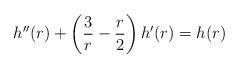
LaTeX: \begin{align*}h''(r)+ \left(\frac{3}{r}-\frac{r}{2} \right)h'(r)=h(r)\end{align*}